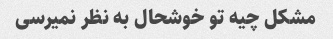
مشکل چیه تو خوشحال به نظر نمیرسی